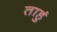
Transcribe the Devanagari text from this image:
ताहुं